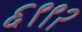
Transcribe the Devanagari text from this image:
६९९२